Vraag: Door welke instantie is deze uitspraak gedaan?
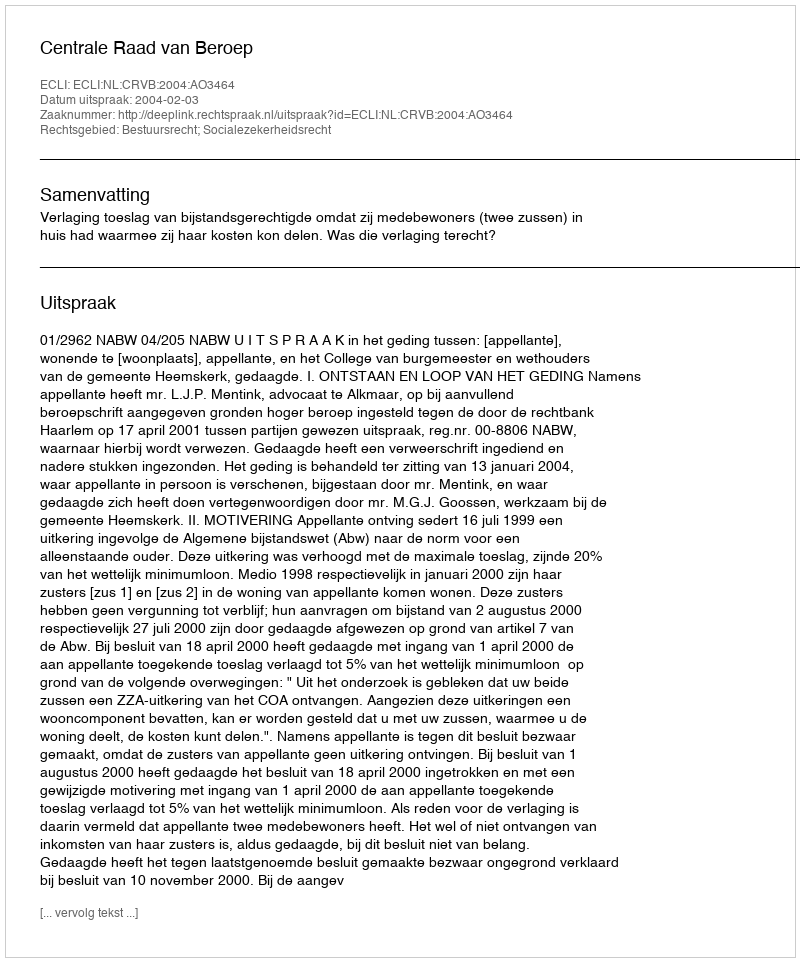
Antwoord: Centrale Raad van Beroep